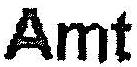
AMT